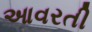
આવરતી